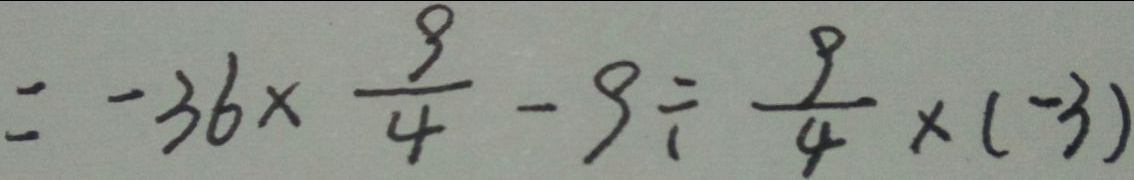
= - 3 6 \times \frac { 9 } { 4 } - 9 \div \frac { 9 } { 4 } \times ( - 3 )